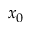
x _ { 0 }